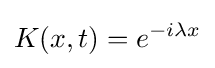
K(x,t)=e^{-i\lambda x}